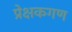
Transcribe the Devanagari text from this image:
प्रेक्षकगण